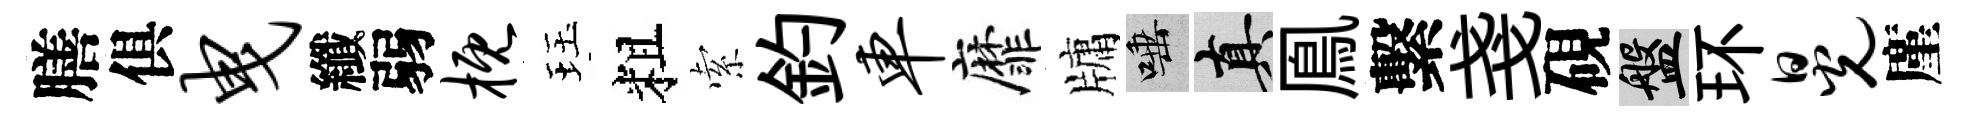
膳俱曳纖弱概珏粗索釣车靡牗唾真鳯繫戔硯盤环晃廑